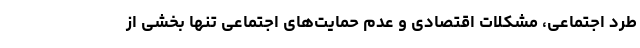
طرد اجتماعی، مشکلات اقتصادی و عدم حمایت‌های اجتماعی تنها بخشی از